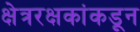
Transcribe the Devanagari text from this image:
क्षेत्ररक्षकांकडून